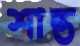
শান্ত